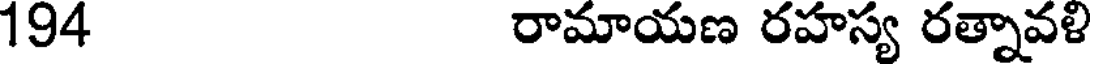
194 రామాయణ రహస్య రత్నావళి